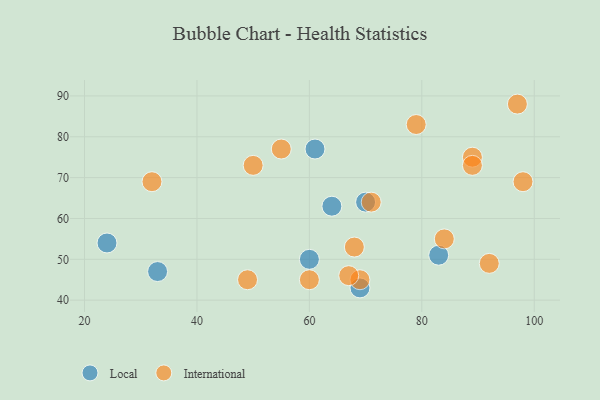
{"axis": {"x": "GDP", "y": "Life Expectancy"}, "legend": ["International", "Local"], "data": [{"x": "69", "y": 43, "type": "Local"}, {"x": "24", "y": 54, "type": "Local"}, {"x": "61", "y": 77, "type": "Local"}, {"x": "70", "y": 64, "type": "Local"}, {"x": "60", "y": 50, "type": "Local"}, {"x": "33", "y": 47, "type": "Local"}, {"x": "64", "y": 63, "type": "Local"}, {"x": "83", "y": 51, "type": "Local"}, {"x": "97", "y": 88, "type": "International"}, {"x": "69", "y": 45, "type": "International"}, {"x": "50", "y": 73, "type": "International"}, {"x": "60", "y": 45, "type": "International"}, {"x": "67", "y": 46, "type": "International"}, {"x": "92", "y": 49, "type": "International"}, {"x": "68", "y": 53, "type": "International"}, {"x": "89", "y": 75, "type": "International"}, {"x": "89", "y": 73, "type": "International"}, {"x": "32", "y": 69, "type": "International"}, {"x": "49", "y": 45, "type": "International"}, {"x": "71", "y": 64, "type": "International"}, {"x": "98", "y": 69, "type": "International"}, {"x": "79", "y": 83, "type": "International"}, {"x": "55", "y": 77, "type": "International"}, {"x": "84", "y": 55, "type": "International"}]}